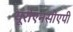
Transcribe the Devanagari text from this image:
यूरोएनसीएपी